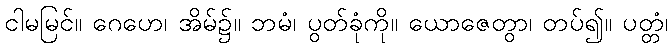
ငါမမြင်။ ဂေဟေ၊ အိမ်၌။ ဘမံ၊ ပွတ်ခုံကို။ ယောဇေတွာ၊ တပ်၍။ ပတ္တံ၊